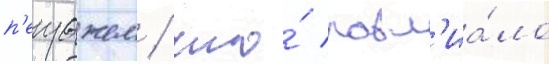
п'еизажем / что́ повл'иа́ло